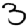
Digit: 3